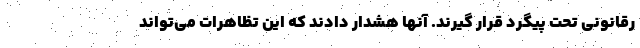
رقانونی تحت پیگرد قرار گیرند. آنها هشدار دادند که این تظاهرات می‌تواند